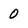
Character: 0